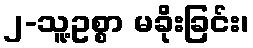
၂-သူ့ဥစ္စာ မခိုးခြင်း၊